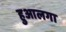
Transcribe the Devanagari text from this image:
हुआलगा